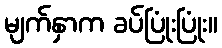
မျက်နှာက ခပ်ပြုံးပြုံး။